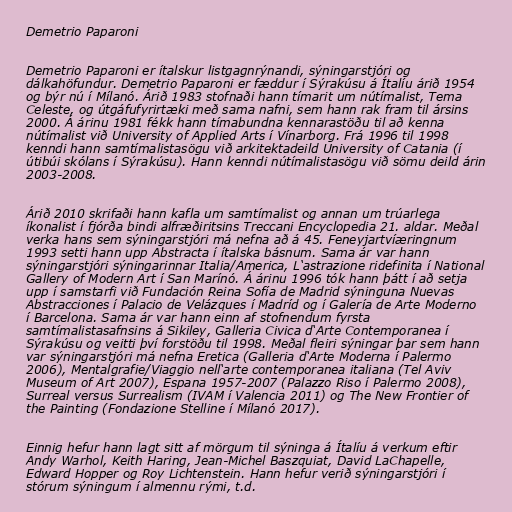
Demetrio Paparoni

Demetrio Paparoni er ítalskur listgagnrýnandi, sýningarstjóri og
dálkahöfundur. Demetrio Paparoni er fæddur í Sýrakúsu á Ítalíu árið 1954
og býr nú í Mílanó. Árið 1983 stofnaði hann tímarit um nútímalist, Tema
Celeste, og útgáfufyrirtæki með sama nafni, sem hann rak fram til ársins
2000. Á árinu 1981 fékk hann tímabundna kennarastöðu til að kenna
nútímalist við University of Applied Arts í Vínarborg. Frá 1996 til 1998
kenndi hann samtímalistasögu við arkitektadeild University of Catania (í
útibúi skólans í Sýrakúsu). Hann kenndi nútímalistasögu við sömu deild árin
2003-2008.

Árið 2010 skrifaði hann kafla um samtímalist og annan um trúarlega
íkonalist í fjórða bindi alfræðiritsins Treccani Encyclopedia 21. aldar. Meðal
verka hans sem sýningarstjóri má nefna að á 45. Feneyjartvíæringnum
1993 setti hann upp Abstracta í ítalska básnum. Sama ár var hann
sýningarstjóri sýningarinnar Italia/America, L‘astrazione ridefinita í National
Gallery of Modern Art í San Marínó. Á árinu 1996 tók hann þátt í að setja
upp í samstarfi við Fundación Reina Sofía de Madrid sýninguna Nuevas
Abstracciones í Palacio de Velázques í Madríd og í Galería de Arte Moderno
í Barcelona. Sama ár var hann einn af stofnendum fyrsta
samtímalistasafnsins á Sikiley, Galleria Civica d‘Arte Contemporanea í
Sýrakúsu og veitti því forstöðu til 1998. Meðal fleiri sýningar þar sem hann
var sýningarstjóri má nefna Eretica (Galleria d‘Arte Moderna í Palermo
2006), Mentalgrafie/Viaggio nell‘arte contemporanea italiana (Tel Aviv
Museum of Art 2007), Espana 1957-2007 (Palazzo Riso í Palermo 2008),
Surreal versus Surrealism (IVAM í Valencia 2011) og The New Frontier of
the Painting (Fondazione Stelline í Mílanó 2017).

Einnig hefur hann lagt sitt af mörgum til sýninga á Ítalíu á verkum eftir
Andy Warhol, Keith Haring, Jean-Michel Baszquiat, David LaChapelle,
Edward Hopper og Roy Lichtenstein. Hann hefur verið sýningarstjóri í
stórum sýningum í almennu rými, t.d.